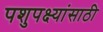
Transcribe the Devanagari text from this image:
पशुपक्ष्यांसाठी